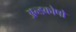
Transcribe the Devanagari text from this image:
अन्डकोषो